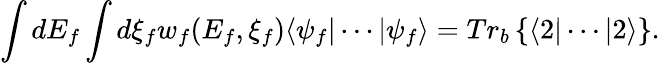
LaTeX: \int dE_{f}\int d\xi_{f}w_{f}(E_{f},\xi_{f})\langle\psi_{f}|\cdots|\psi_{f}\rangle=Tr_{b}\left\{ \langle 2|\cdots|2\rangle\right\} .